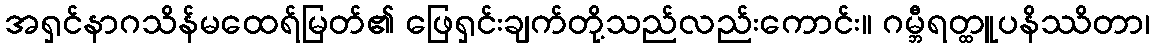
အရှင်နာဂသိန်မထေရ်မြတ်၏ ဖြေရှင်းချက်တို့သည်လည်းကောင်း။ ဂမ္ဘီရတ္ထူပနိဿိတာ၊